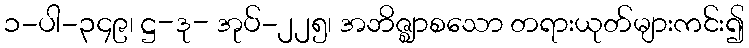
၁-ပါ-၃၄၉၊ ဋ္ဌ-ဒု- အုပ်-၂၂၅၊ အဘိဇ္ဈာစသော တရားယုတ်များကင်း၍